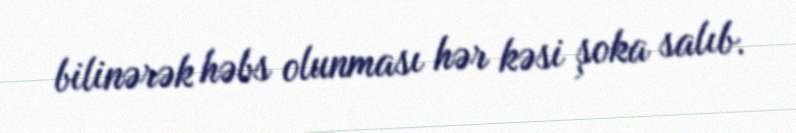
bilinərək həbs olunması hər kəsi şoka salıb.